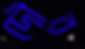
দৌর